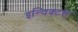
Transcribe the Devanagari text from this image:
इन्विक्टस